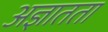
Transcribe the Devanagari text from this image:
अज्ञातता